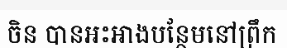
ចិន បានអះអាងបន្ថែមនៅព្រឹក